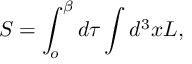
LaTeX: S = \int _ { o } ^ { \beta } d \tau \int d ^ { 3 } x \cal { L } ,